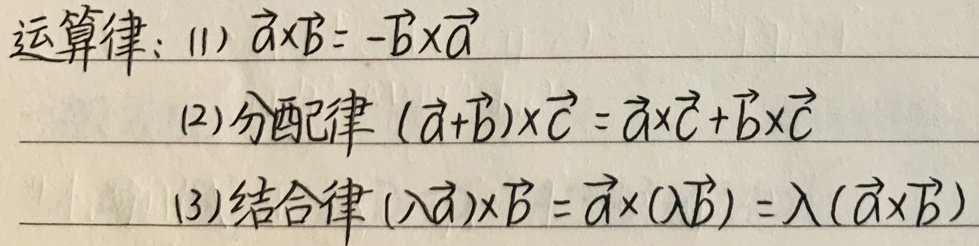
运算律：
(1) $\vec{a} \times \vec{b}=-\vec{b} \times \vec{a}$
(2) 分配律 $(\vec{a}+\vec{b}) \times \vec{c}=\vec{a} \times \vec{c}+\vec{b} \times \vec{c}$
(3) 结合律 $(\lambda\vec{a}) \times \vec{b}=\vec{a} \times (\lambda\vec{b})=\lambda(\vec{a} \times \vec{b})$